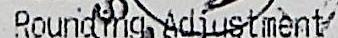
ROUNDING ADJUSTMENT